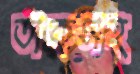
তাকসহ